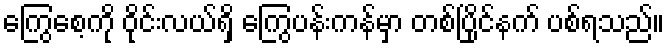
ကြွေစေ့ကို ဝိုင်းလယ်ရှိ ကြွေပန်းကန်မှာ တစ်ပြိုင်နက် ပစ်ရသည်။